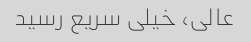
عالی، خیلی سریع رسید